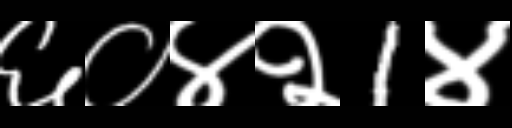
Text: ६०४२1४